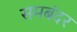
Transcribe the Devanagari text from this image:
समबंदर